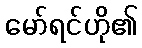
မော်ရင်ဟို၏